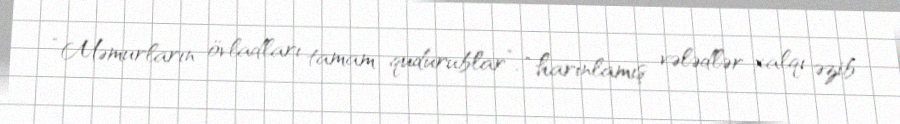
“Məmurların övladları tamam qudurublar”, “harınlamış vələdlər xalqı əzib